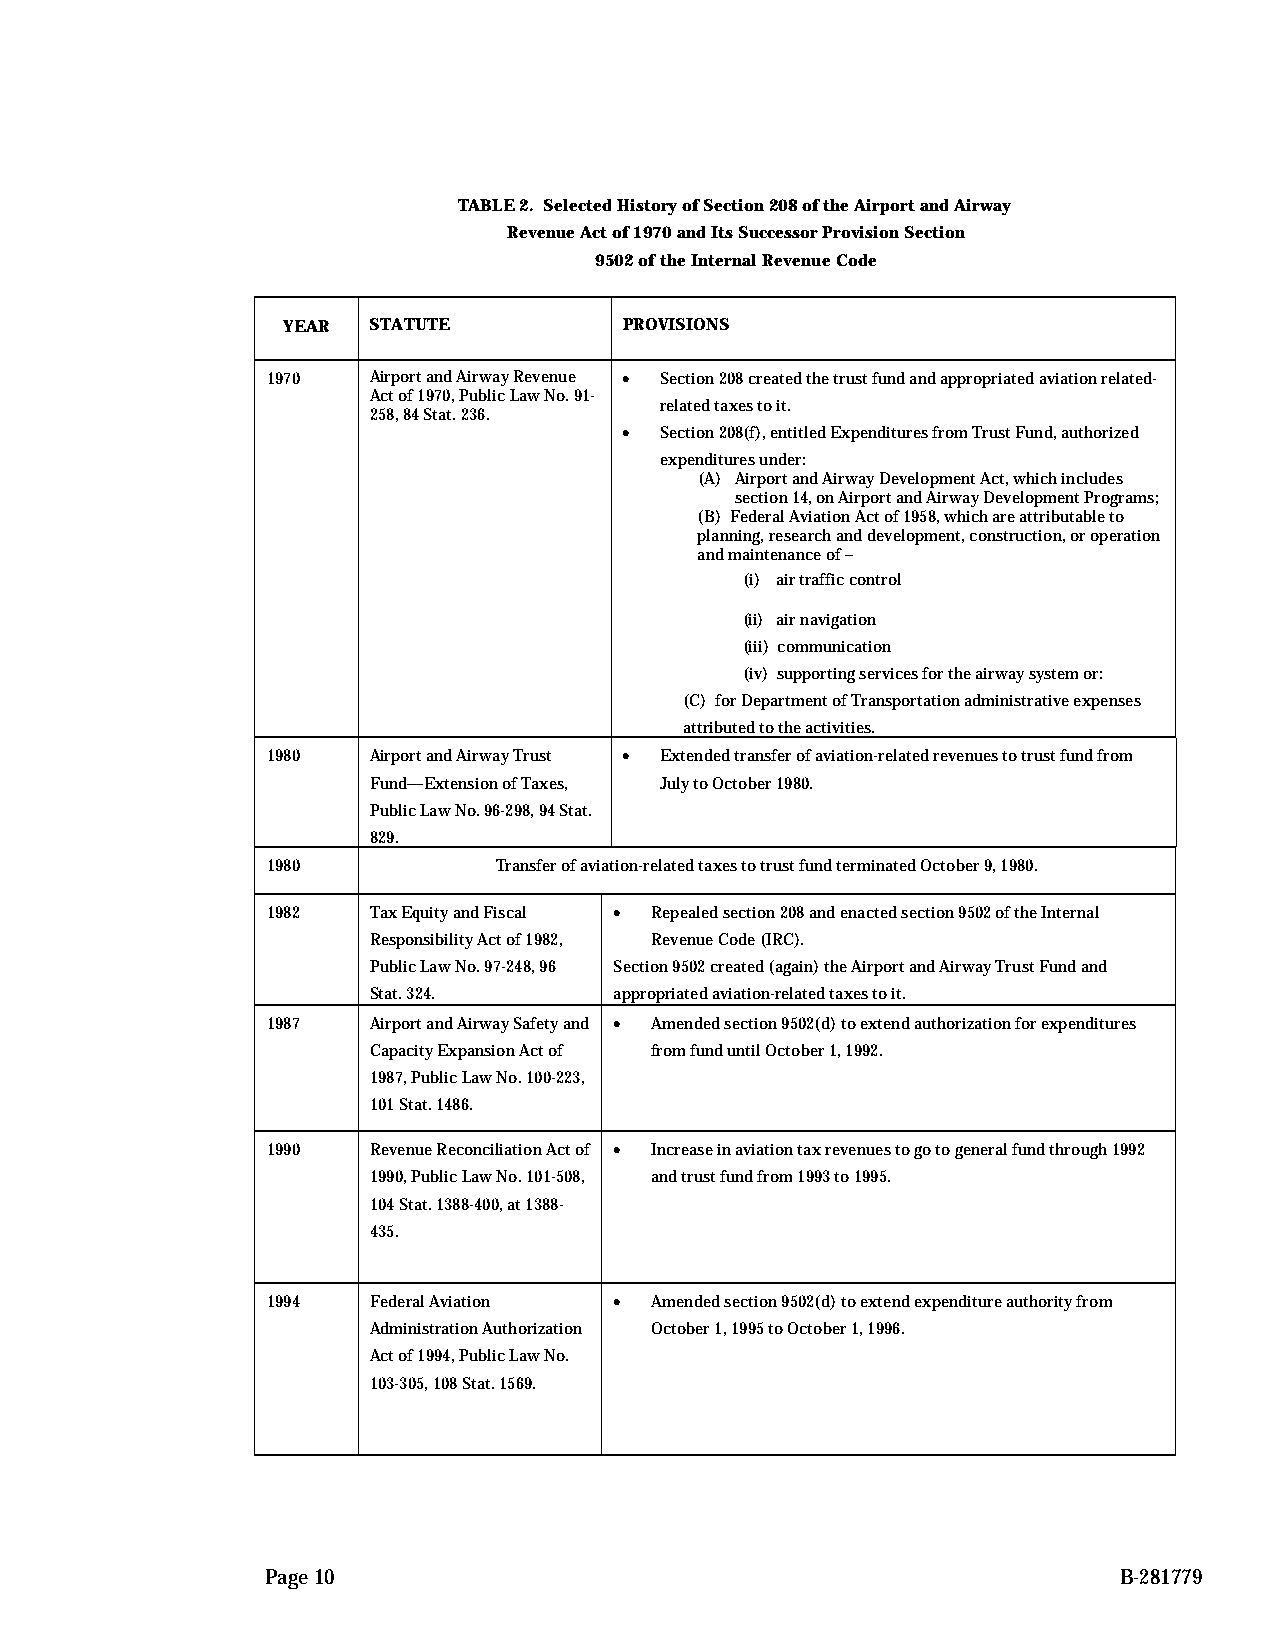
TABLE 2. Selected History of Section 208 of the Airport and Airway
 Revenue Act of 1970 and Its Successor Provision Section
 9502 of the Internal Revenue Code
 YEAR STATUTE          PROVISIONS
 1970  Airport and Airway Revenue • Section 208 created the trust fund and appropriated aviation related-
 Act of 1970, Public Law No. 91-
 related taxes to it.
 258, 84 Stat. 236.
 •  Section 208(f), entitled Expenditures from Trust Fund, authorized
 expenditures under:
 (A) Airport and Airway Development Act, which includes
 section 14, on Airport and Airway Development Programs;
 (B) Federal Aviation Act of 1958, which are attributable to
 planning, research and development, construction, or operation
 and maintenance of –
 (i) air traffic control
 (ii) air navigation
 (iii) communication
 (iv) supporting services for the airway system or:
 (C) for Department of Transportation administrative expenses
 attributed to the activities.
 1980  Airport and Airway Trust • Extended transfer of aviation-related revenues to trust fund from
 Fund—Extension of Taxes, July to October 1980.
 Public Law No. 96-298, 94 Stat.
 829.
 1980           Transfer of aviation-related taxes to trust fund terminated October 9, 1980.
 1982  Tax Equity and Fiscal • Repealed section 208 and enacted section 9502 of the Internal
 Responsibility Act of 1982, Revenue Code (IRC).
 Public Law No. 97-248, 96 Section 9502 created (again) the Airport and Airway Trust Fund and
 Stat. 324.       appropriated aviation-related taxes to it.
 1987  Airport and Airway Safety and • Amended section 9502(d) to extend authorization for expenditures
 Capacity Expansion Act of from fund until October 1, 1992.
 1987, Public Law No. 100-223,
 101 Stat. 1486.
 1990  Revenue Reconciliation Act of • Increase in aviation tax revenues to go to general fund through 1992
 1990, Public Law No. 101-508, and trust fund from 1993 to 1995.
 104 Stat. 1388-400, at 1388-
 435.
 1994  Federal Aviation • Amended section 9502(d) to extend expenditure authority from
 Administration Authorization October 1, 1995 to October 1, 1996.
 Act of 1994, Public Law No.
 103-305, 108 Stat. 1569.
 Page 10                                                 B-281779